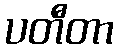
ပတီတာ